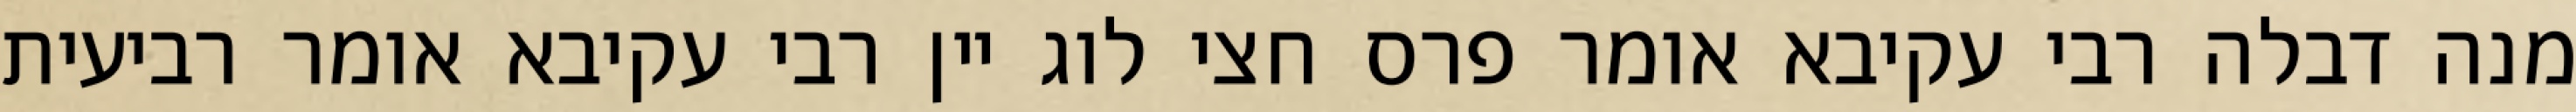
מנה דבלה רבי עקיבא אומר פרס חצי לוג יין רבי עקיבא אומר רביעית